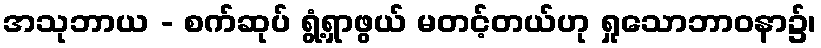
အသုဘာယ - စက်ဆုပ် ရွံ့ရှာဖွယ် မတင့်တယ်ဟု ရှုသောဘာဝနာ၌၊